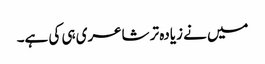
میں نے زیادہ تر شاعری ہی کی ہے۔